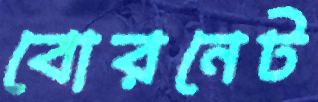
বোরনেট